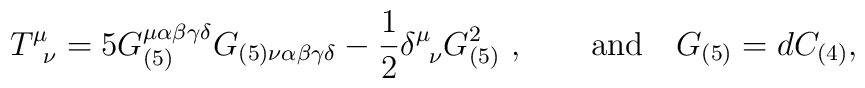
T^\mu_{\phantom{\mu}\nu}=5G_{(5)}^{\mu\alpha\beta\gamma\delta}G_{(5)\nu\alpha\beta\gamma\delta}-\frac{1}{2}\delta^\mu_{\phantom{\mu}\nu}G_{(5)}^2\ ,\qquad\mbox{and}\quad G_{(5)}=dC_{(4)},